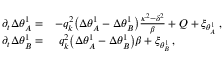
\begin{array} { r l } { \partial _ { t } { \Delta \theta } _ { A } ^ { 1 } = } & { - q _ { k } ^ { 2 } \big ( \Delta \theta _ { A } ^ { 1 } - \Delta \theta _ { B } ^ { 1 } \big ) \frac { \kappa ^ { 2 } - \delta ^ { 2 } } { \beta } + Q + \xi _ { \theta _ { A } ^ { 1 } } \, , } \\ { \partial _ { t } { \Delta \theta } _ { B } ^ { 1 } = } & { ~ q _ { k } ^ { 2 } \big ( \Delta \theta _ { A } ^ { 1 } - \Delta \theta _ { B } ^ { 1 } \big ) \beta + \xi _ { \theta _ { B } ^ { 1 } } \, , } \end{array}